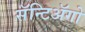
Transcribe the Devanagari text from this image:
सॅन्टिॲगो